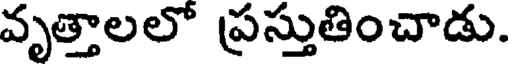
వృత్తాలలో ప్రస్తుతించాడు.